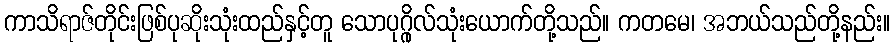
ကာသိရာဇ်တိုင်းဖြစ်ပုဆိုးသုံးထည်နှင့်တူ သောပုဂ္ဂိုလ်သုံးယောက်တို့သည်။ ကတမေ၊ အဘယ်သည်တို့နည်း။